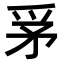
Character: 𤔃